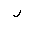
Letter: _lam